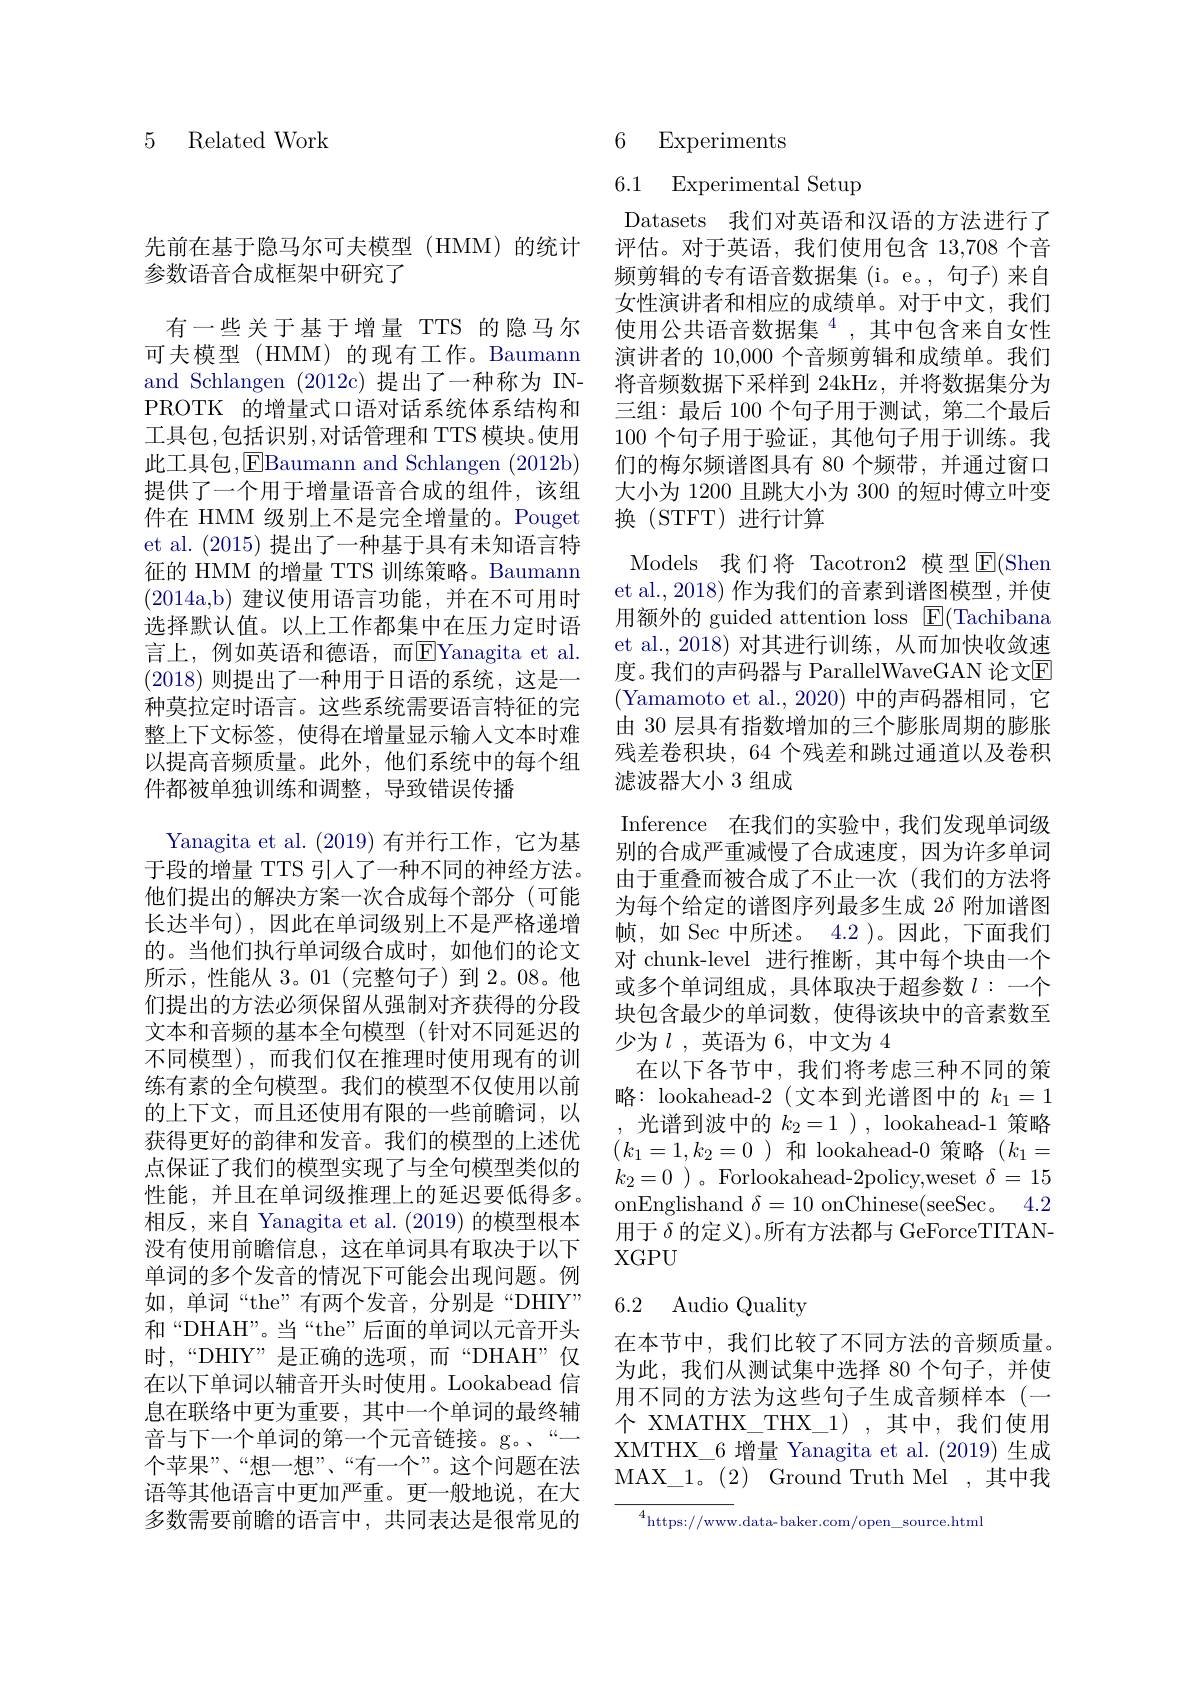
5 Related Work

先前在基于隐马尔可夫模型(HMM)的统计
参数语音合成框架中研究了
有一些关于基于增量 TTS 的隐马尔可夫模型(HMM)的现有工作。Baumann and Schlangen (2012c)提出了一种称为 INPROTK 的增量式口语对话系统体系结构和工具包，包括识别，对话管理和 TTS 模块。使用此工具包，EBaumann and Schlangen (2012b) 提供了一个用于增量语音合成的组件，该组件在 HMM 级别上不是完全增量的。Pouget et al. (2015)提出了一种基于具有未知语言特征的 HMM 的增量 TTS 训练策略。Baumann (2014a,b) 建议使用语言功能，并在不可用时选择默认值。以上工作都集中在压力定时语言上，例如英语和德语，而$\overline{\mathrm{E}}$Yanagita et al. (2018)则提出了一种用于日语的系统，这是一种莫拉定时语言。这些系统需要语言特征的完整上下文标签，使得在增量显示输入文本时难以提高音频质量。此外，他们系统中的每个组件都被单独训练和调整，导致错误传播
Yanagita et al. (2019)有并行工作，它为基于段的增量 TTS 引人了一种不同的神经方法。他们提出的解决方案一次合成每个部分(可能长达半句),因此在单词级别上不是严格递增的。当他们执行单词级合成时，如他们的论文所示，性能从 3。01(完整句子)到 2。08。他们提出的方法必须保留从强制对齐获得的分段文本和音频的基本全句模型(针对不同延迟的不同模型),而我们仅在推理时使用现有的训练有素的全句模型。我们的模型不仅使用以前的上下文，而且还使用有限的一些前瞻词，以获得更好的韵律和发音。我们的模型的上述优点保证了我们的模型实现了与全句模型类似的性能，并且在单词级推理上的延迟要低得多。相反，来自 Yanagita et al. (2019)的模型根本没有使用前瞻信息，这在单词具有取决于以下单词的多个发音的情况下可能会出现问题。例如，单词“the”有两个发音，分别是“DHIY” 和“DHAH”。当“the”后面的单词以元音开头时，“DHIY”是正确的选项，而“DHAH”仅在以下单词以辅音开头时使用。Lookabead 信息在联络中更为重要，其中一个单词的最终辅音与下一个单词的第一个元音链接。g。“— 个苹果”、“想一想”、“有一个”。这个问题在法语等其他语言中更加严重。更一般地说，在大多数需要前瞻的语言中，共同表达是很常见的

## 6 Experiments

# 6.1 Experimental Setup

Datasets 我们对英语和汉语的方法进行了评估。对于英语，我们使用包含 13,708 个音频剪辑的专有语音数据集(i。e。,句子)来自女性演讲者和相应的成绩单。对于中文，我们使用公共语音数据集$^{4}$,其中包含来自女性演讲者的 10,000 个音频剪辑和成绩单。我们将音频数据下采样到 24kHz,并将数据集分为三组：最后 100 个句子用于测试，第二个最后100个句子用于验证，其他句子用于训练。我们的梅尔频谱图具有 80 个频带，并通过窗口大小为 1200 且跳大小为 300 的短时傅立叶变换(STFT)进行计算
Models 我们将 Tacotron2 模型$\overline{\mathrm{E}}($Shen et al., 2018) 作为我们的音素到谱图模型，并使用额外的 guided attention loss ${\mathrm{E}}($Tachibana et al., 2018) 对其进行训练，从而加快收敛速度。我们的声码器与 ParallelWaveGAN 论文$\overline{\mathrm{E}}$ (Yamamoto et al.,2020) 中的声码器相同，它由 30 层具有指数增加的三个膨胀周期的膨胀残差卷积块，64 个残差和跳过通道以及卷积滤波器大小 3 组成
Inference 在我们的实验中，我们发现单词级别的合成严重减慢了合成速度，因为许多单词由于重叠而被合成了不止一次(我们的方法将为每个给定的谱图序列最多生成 2$\delta$附加谱图帧，如 Sec 中所述。4.2 )。因此，下面我们对 chunk-level 进行推断，其中每个块由一个或多个单词组成，具体取决于超参数 $l:$一个块包含最少的单词数，使得该块中的音素数至少为$l$ ,英语为 6, 中文为 4
在以下各节中，我们将考虑三种不同的策略：lookahead-2(文本到光谱图中的$k_1=1$ ,光谱到波中的$k_2=1)$,lookahead-1策略$(k_{1}=1,k_{2}=0$)和 lookahead-0 策略$(k_{1}=$ $k_{2}=0$ )。Forlookahead-2policy,weset $\delta=15$ onEnglishand $\delta=10$ onChinese(seeSec。4.2用于$\delta$的定义)。所有方法都与 GeForceTITAN- $XGPU$

## 6.2 Audio Quality

在本节中，我们比较了不同方法的音频质量。为此，我们从测试集中选择 80 个句子，并使用不同的方法为这些句子生成音频样本(一个 XMATHX\_THX\_1),其中，我们使用XMTHX\_6 增量 Yanagita et al.(2019) 生成MAX\_1。(2) Ground Truth Mel ,其中我

${{^{4}\mathrm{https://www.data-baker.com/open\_source.html}}}$